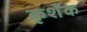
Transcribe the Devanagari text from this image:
कृशँक